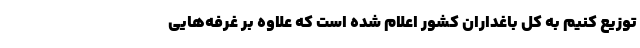
توزیع کنیم به کل باغداران کشور اعلام شده است که علاوه بر غرفه‌هایی